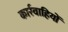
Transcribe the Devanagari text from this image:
कार्रवाहियों